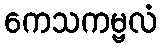
ကေသကမ္ဗလံ